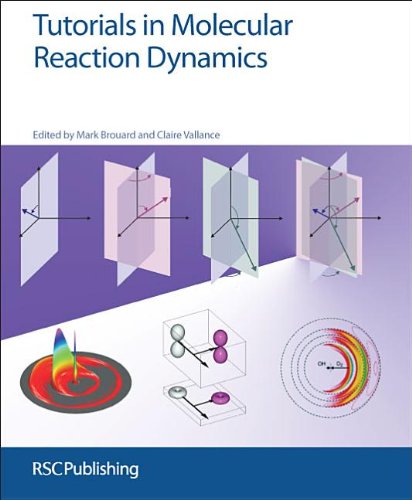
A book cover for Tutorials in Molecular Reaction Dynamics: RSC; Science & Math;